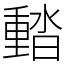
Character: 濌